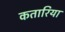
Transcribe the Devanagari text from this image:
कतारिया